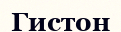
Гистон